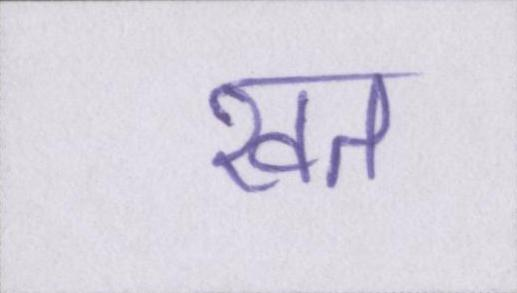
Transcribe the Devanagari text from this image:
खत